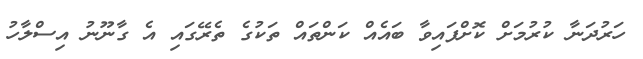
ހަރުދަނާ ކުރުމަށް ކޮށްފައިވާ ބައެއް ކަންތައް ތަކުގެ ތެރޭގައި އެ ގާނޫނު އިސްލާހު